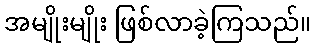
အမျိုးမျိုး ဖြစ်လာခဲ့ကြသည်။